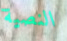
النصية